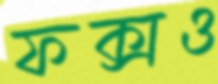
ফক্সও